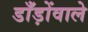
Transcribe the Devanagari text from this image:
डाँड़ोंवाले